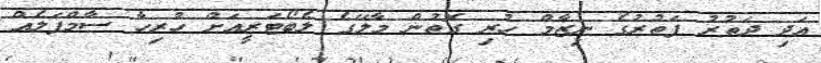
އަދި ދަތުރު ފަތުރުގެ ނިޒާމް ހުރި ގޮތުން މާލޭގެ ލެބޯޓަރީއަށް ހުރިހާ ސާމްޕަލެއް